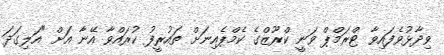
ވިދާޅުވެފައިވާ ޓްރަމްޕް ވަނީ ކްރޫޒްގެ ކެމްޕެއިނަށް ތައުރީފު ކުރައްވާ އޭނާ އަށް "އަލިގަދަ